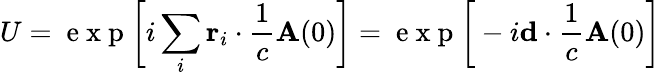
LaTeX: U=\mathrm{~e~x~p~}\bigg[i\sum_{i}\mathbf{r}_{i}\cdot\frac{1}{c}\mathbf{A}(0)\bigg]=\mathrm{~e~x~p~}\bigg[-i\mathbf{d}\cdot\frac{1}{c}\mathbf{A}(0)\bigg]